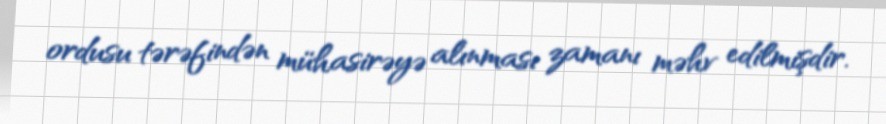
ordusu tərəfindən mühasirəyə alınması zamanı məhv edilmişdir.